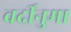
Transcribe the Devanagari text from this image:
वर्दीनुमा